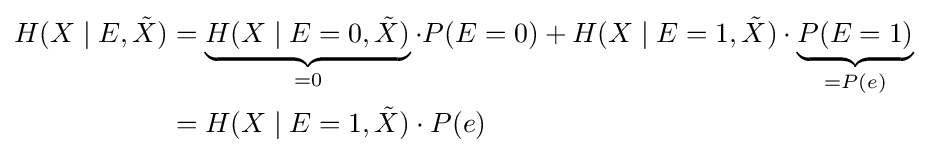
{\begin{aligned}H(X\mid E,{\tilde {X}})&=\underbrace {H(X\mid E=0,{\tilde {X}})} _{=0}\cdot P(E=0)+H(X\mid E=1,{\tilde {X}})\cdot \underbrace {P(E=1)} _{=P(e)}\\&=H(X\mid E=1,{\tilde {X}})\cdot P(e)\end{aligned}}